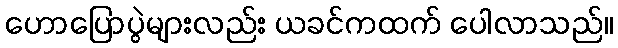
ဟောပြောပွဲများလည်း ယခင်ကထက် ပေါလာသည်။